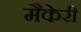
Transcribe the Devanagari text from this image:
मैकेरी